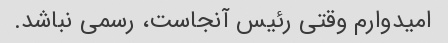
امیدوارم وقتی رئیس آنجاست، رسمی نباشد.